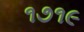
૧૭૧૯